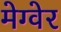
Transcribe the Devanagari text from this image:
मेग्वेर